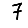
Digit: 7